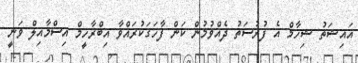
އައިޝަތު ޝިހާމް އެ ފުރުސަތު ދެއްވުމުން ކަން ފާހަގަކުރައްވާ އިބްރާހީމް އިސްމާއިލް ވަނީ